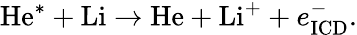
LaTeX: \mathrm{He}^{\mathrm{*}}+\mathrm{Li}\xrightarrow{}\mathrm{He}+\mathrm{Li}^{\mathrm{+}}+e_{\mathrm{ICD}}^{\mathrm{-}}.